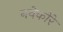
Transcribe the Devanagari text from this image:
नवेकोरे